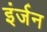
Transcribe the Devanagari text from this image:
इंर्जन